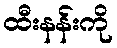
ထီးနန်းကို